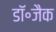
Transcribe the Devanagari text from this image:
डॉ॰जैक